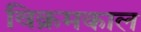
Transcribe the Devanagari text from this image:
विक्रमकाल